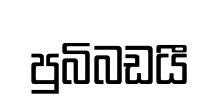
පුබිබඩයී